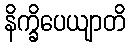
နိက္ခိပေယျာတိ